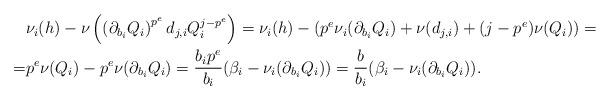
LaTeX: \begin{align*}\begin{aligned}&\nu_i(h)-\nu\left(\left(\partial_{b_i}Q_i\right)^{p^e}d_{j,i}Q_{i}^{j-p^{e}}\right)=\nu_i(h)-\left(p^e\nu_i(\partial_{b_i}Q_i)+\nu(d_{j,i})+(j-p^{e})\nu(Q_i)\right)=\\=&p^{e}\nu(Q_i)-p^{e}\nu(\partial_{b_i}Q_i)=\frac{b_ip^{e}}{b_i}(\beta_i-\nu_i(\partial_{b_i}Q_i))=\frac{b}{b_i}(\beta_i-\nu_i(\partial_{b_i}Q_i)).\end{aligned}\end{align*}